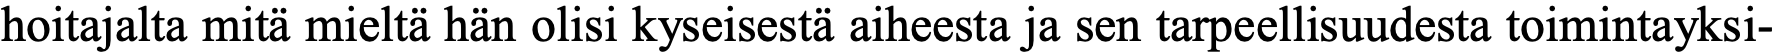
hoitajalta mitä mieltä hän olisi kyseisestä aiheesta ja sen tarpeellisuudesta toimintayksi-